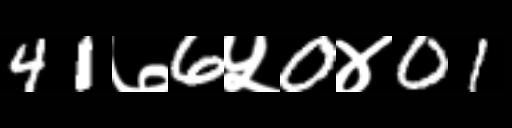
Text: 41७6५0४01